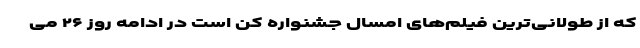
که از طولانی‌ترین فیلم‌های امسال جشنواره کن است در ادامه روز ۲۶ می